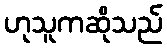
ဟုသူကဆိုသည်